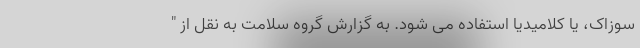
سوزاک، یا کلامیدیا استفاده می شود. به گزارش گروه سلامت به نقل از "